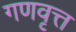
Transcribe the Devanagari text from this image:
गणवृत्त